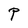
Character: P